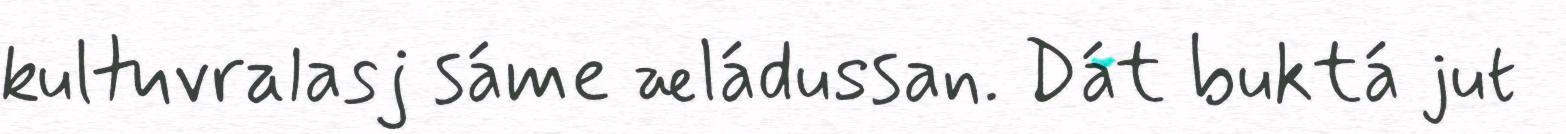
kultuvralasj sáme æládussan. Dát buktá jut